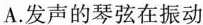
A.发声的琴弦在振动